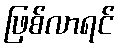
ဖြစ်လာရင်